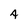
Character: 4